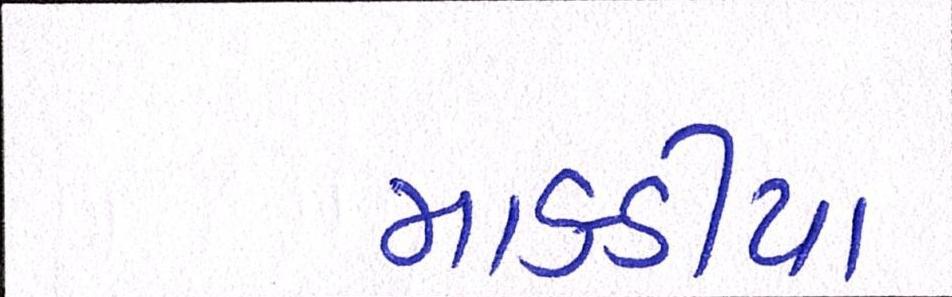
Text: માકડીયા